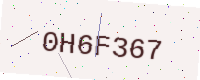
Text: 0H6F367